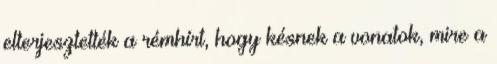
elterjesztették a rémhírt, hogy késnek a vonatok, mire a